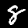
Label: 8